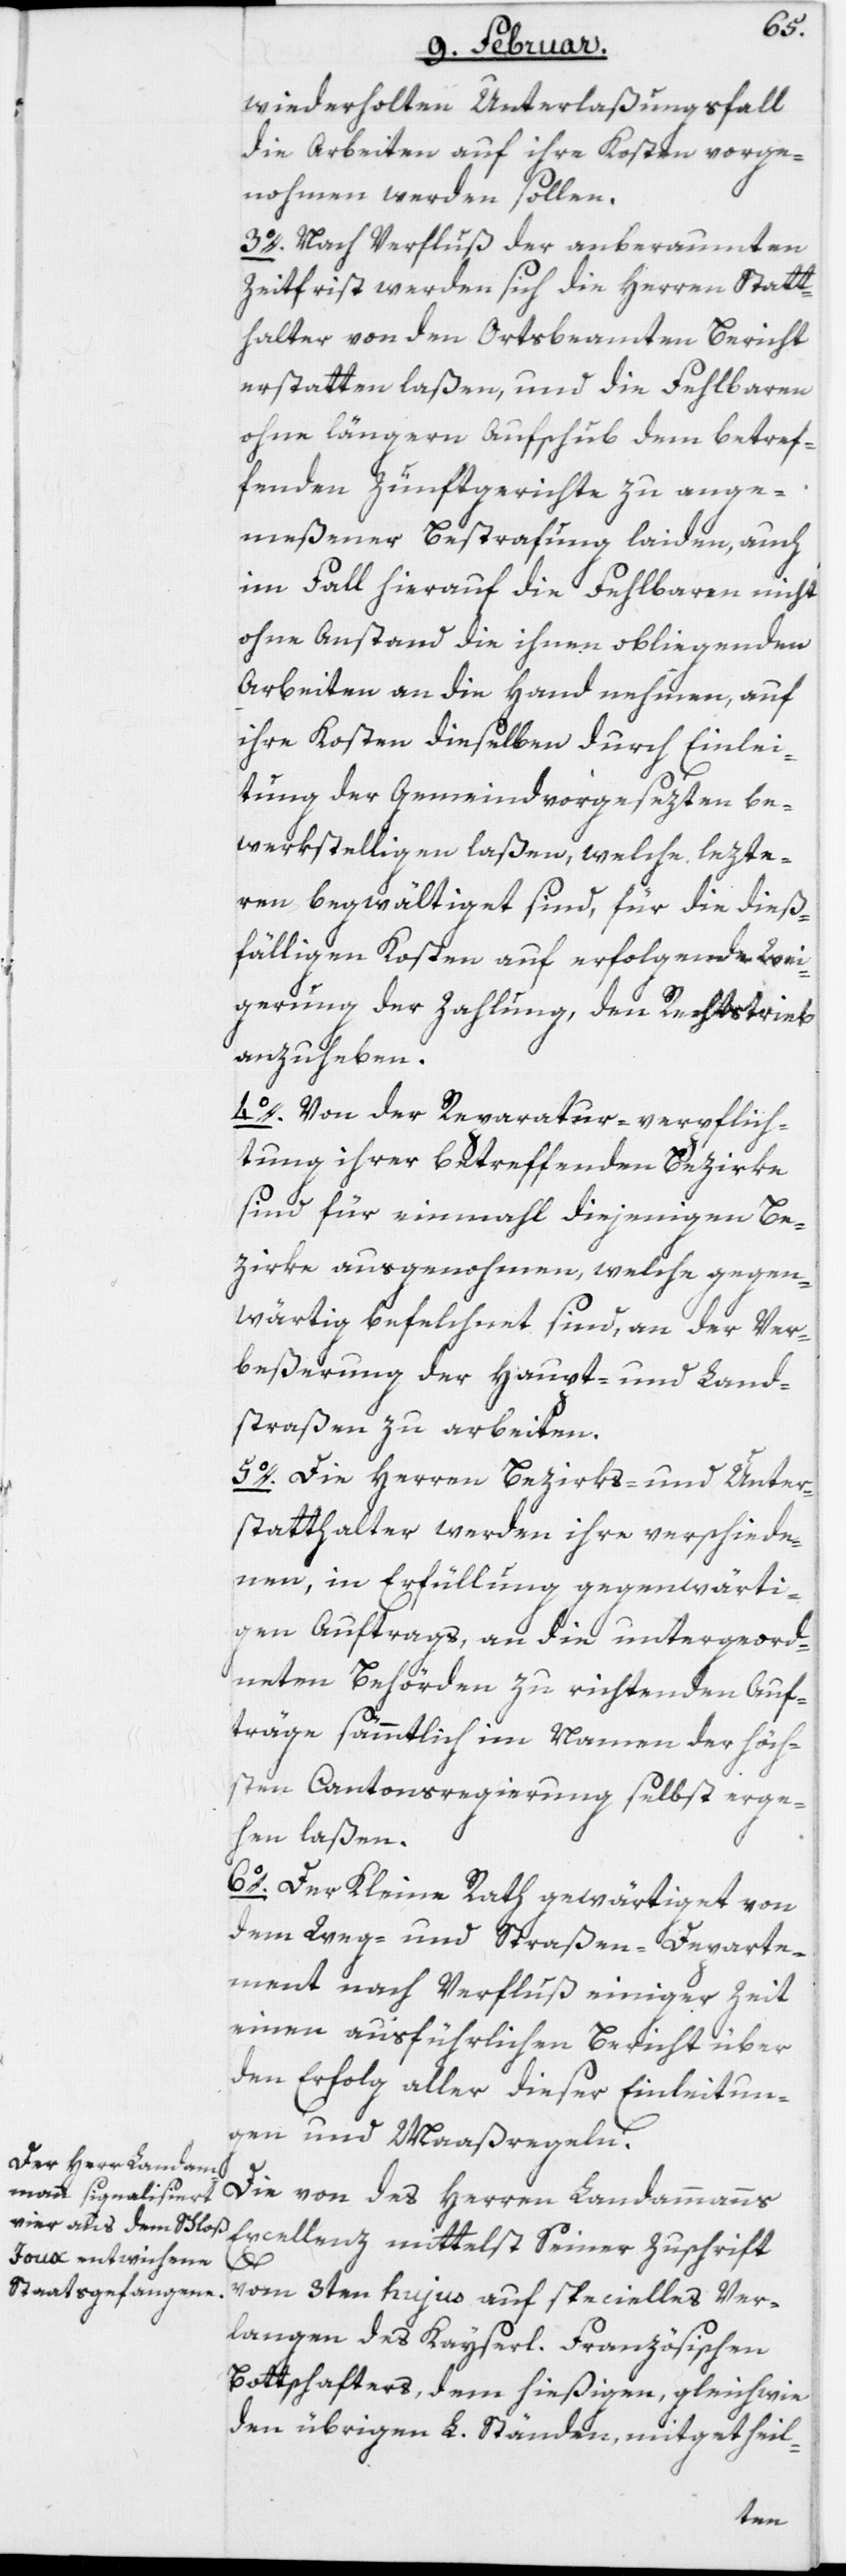
wiederholten Unterlaßungsfall
die Arbeiten auf ihre Kosten vorge¬
nohmen werden sollen.
3o. Nach Verfluß der anberaumten
Zeitfrist werden sich die Herren Statt¬
halter von den Ortsbeamten Bericht
erstatten laßen, und die Fehlbaren
ohne längern Aufschub dem betref¬
fenden Zunftgerichte zu ange¬
meßener Bestrafung laiden, auch
im Fall hierauf die Fehlbaren nicht
ohne Anstand die ihnen obliegenden
Arbeiten an die Hand nehmen, auf
ihre Kosten dieselben durch Einlei¬
tung der Gemeindvorgesezten be¬
werkstelligen laßen, welche lezte¬
ren begwältiget sind, für die dieß¬
fälligen Kosten auf erfolgende Wei¬
gerung der Zahlung, den Rechtstrieb
anzuheben.
4o. Von der Reparatur-verpflich¬
tung ihrer betreffenden Bezirke
sind für einmahl diejenigen Be¬
zirke ausgenohmen, welche gegen¬
wärtig befelchnet sind, an der Ver¬
beßerung der Haupt- und Land¬
straßen zu arbeiten.
5o. Die Herren Bezirks- und Unter¬
statthalter werden ihre verschiede¬
nen, in Erfüllung gegenwärti¬
gen Auftrags, an die untergeord¬
neten Behörden zu richtenden Auf¬
träge sämmtlich im Namen der höch¬
sten Cantonsregierung selbst erge¬
hen laßen.
6o. Der Kleine Rath gewärtiget von
dem Weg- und Straßen-Departe¬
ment nach Verfluß einiger Zeit
einen ausführlichen Bericht über
den Erfolg aller dieser Einleitun¬
gen und Maaßregeln.
Die von des Herren Landammans
Excellenz mittelst Seiner Zuschrift
vom 3ten hujus auf specielles Ver¬
langen des Kayserl. Französischen
Bottschafters, dem hießigen, gleichwie
den übrigen L. Ständen, mitgetheil-